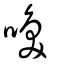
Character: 喚